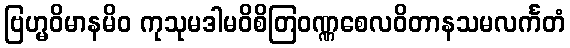
ဗြဟ္မဝိမာနမိဝ ကုသုမဒါမဝိစိတြဝဏ္ဏစေလဝိတာနသမလင်္ကတံ